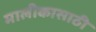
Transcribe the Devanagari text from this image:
मालीकासाठी